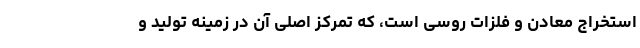
استخراج معادن و فلزات روسی است، که تمرکز اصلی آن در زمینه تولید و